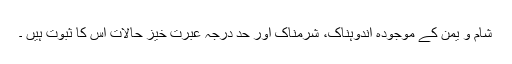
شام و یمن کے موجودہ اندوہناک، شرمناک اور حد درجہ عبرت خیز حالات اس کا ثبوت ہیں ۔